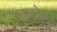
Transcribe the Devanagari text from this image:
इयेष